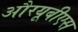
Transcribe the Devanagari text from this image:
औरयूबीएस